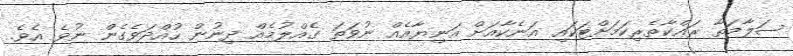
ސަލާމަތާ ރައްކާތެރިކަމަށްޓަކައި އަނެކާއަށް އަނިޔާއެއް ނުވަތަ ގެއްލުމެއް ދިނުން ހުއްދަވެގެން ނުވެ އެވެ.